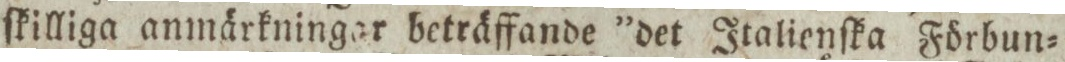
ſkilliga anmärkningar beträffande ”det Italienſka Förbun=